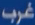
غرب